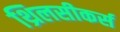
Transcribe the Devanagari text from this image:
थ्रिलसीकर्स